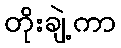
တိုးချဲ့ကာ